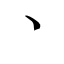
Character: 丶